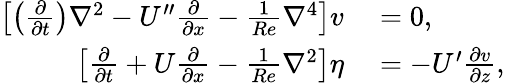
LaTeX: \begin{array}{rl}{\left[\left(\frac{\partial}{\partial t}\right)\nabla^{2}-U^{\prime\prime}\frac{\partial}{\partial x}-\frac{1}{Re}\nabla^{4}\right]v}&{{}=0,}\\ {\left[\frac{\partial}{\partial t}+U\frac{\partial}{\partial x}-\frac{1}{Re}\nabla^{2}\right]\eta}&{{}=-U^{\prime}\frac{\partial v}{\partial z},}\end{array}